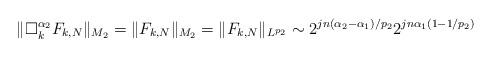
LaTeX: \begin{align*}\Vert \Box _{k}^{\alpha _{2}}F_{k,N}\Vert _{M_{2}}=\Vert F_{k,N}\Vert_{M_{2}}=\Vert F_{k,N}\Vert _{L^{p_2}}\sim 2^{jn(\alpha _{2}-\alpha_{1})/p_{2}}2^{jn\alpha _{1}(1-1/p_{2})}\end{align*}